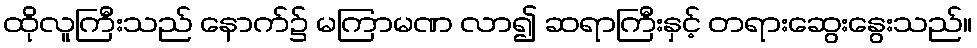
ထိုလူကြီးသည် နောက်၌ မကြာမဏ လာ၍ ဆရာကြီးနှင့် တရားဆွေးနွေးသည်။